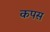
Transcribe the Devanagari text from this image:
कपस